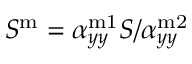
S ^ { \mathrm { m } } = \alpha _ { y y } ^ { \mathrm { m 1 } } S / \alpha _ { y y } ^ { \mathrm { m 2 } }